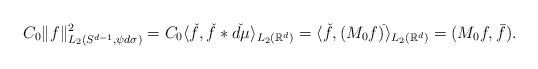
\begin{align*} C_0\|f\|_{L_2(S^{d-1},\psi d\sigma)}^2 =C_0\langle \check{f}, \check{f}*\check{d\mu}\rangle_{L_2(\mathbb{R}^d)}=\langle\check{f}, (M_0f)^{\check{}} \rangle_{L_2(\mathbb{R}^d)}=(M_0f,\bar{f}).\end{align*}